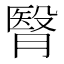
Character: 㬾